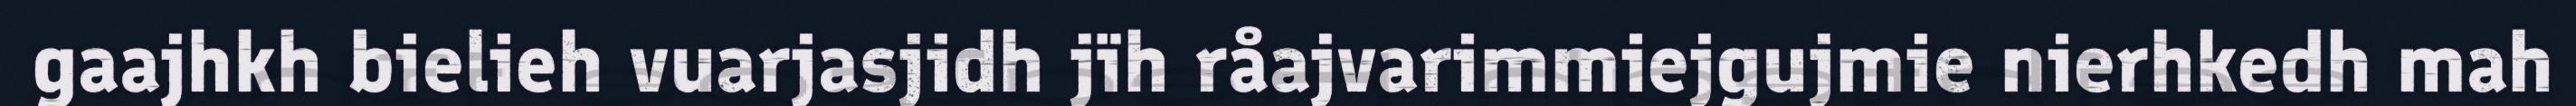
gaajhkh bielieh vuarjasjidh jïh råajvarimmiejgujmie nierhkedh mah